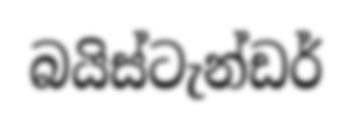
බයිස්ටැන්ඩර්